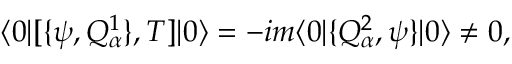
\langle 0 | [ \{ \psi , Q _ { \alpha } ^ { 1 } \} , T ] | 0 \rangle = - i m \langle 0 | \{ Q _ { \alpha } ^ { 2 } , \psi \} | 0 \rangle \neq 0 ,